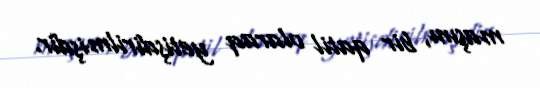
maşını, bir qatil olaraq yetişdirilmişdir.